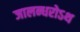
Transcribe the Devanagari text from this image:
जालन्धरोऽथ